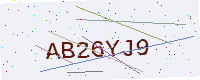
Text: AB26YJ9